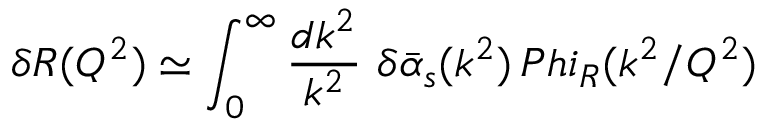
\delta R ( Q ^ { 2 } ) \simeq \int _ { 0 } ^ { \infty } { \frac { d k ^ { 2 } } { k ^ { 2 } } } \ \delta \bar { \alpha } _ { s } ( k ^ { 2 } ) \, P h i _ { R } ( k ^ { 2 } / Q ^ { 2 } )